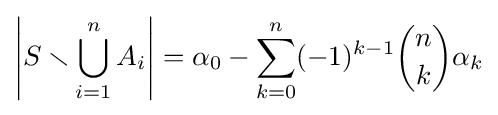
\left|S\smallsetminus \bigcup _{i=1}^{n}A_{i}\right|=\alpha _{0}-\sum _{k=0}^{n}(-1)^{k-1}{\binom {n}{k}}\alpha _{k}